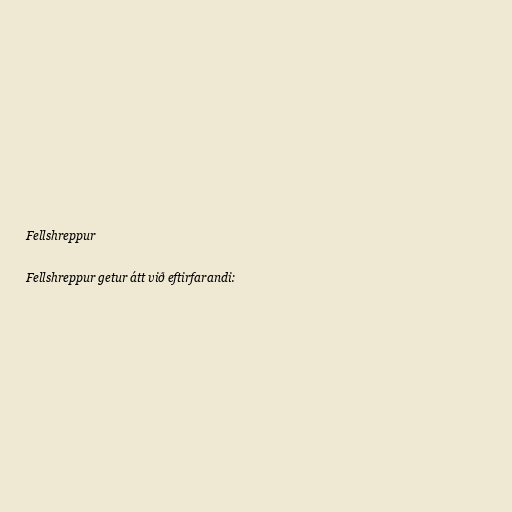
Fellshreppur

Fellshreppur getur átt við eftirfarandi: